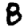
Digit: 8